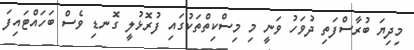
މިދިޔަ ބުރާސްފަތި ދުވަހު ވަނީ މި މިސްކިތްތަކުގައި ފުރޮޅުލީ ގޮނޑި ވެސް ބަހައްޓައިފަ